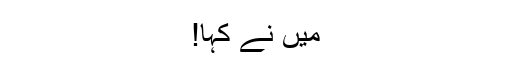
میں نے کہا!